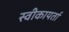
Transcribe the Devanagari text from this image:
स्वीकायर्ता